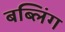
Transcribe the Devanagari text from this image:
बब्लिंग